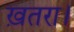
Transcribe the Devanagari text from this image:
ख़तरा।